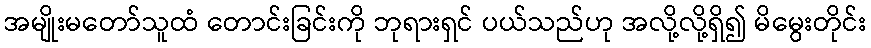
အမျိုးမတော်သူထံ တောင်းခြင်းကို ဘုရားရှင် ပယ်သည်ဟု အလို့လို့ရှိ၍ မိမွေးတိုင်း